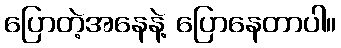
ပြောတဲ့အနေနဲ့ ပြောနေတာပါ။